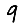
Digit: 9